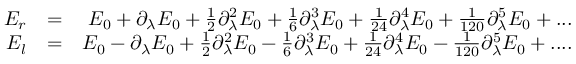
\begin{array} { r l r } { E _ { r } } & { = } & { E _ { 0 } + \partial _ { \lambda } E _ { 0 } + \frac { 1 } { 2 } \partial _ { \lambda } ^ { 2 } E _ { 0 } + \frac { 1 } { 6 } \partial _ { \lambda } ^ { 3 } E _ { 0 } + \frac { 1 } { 2 4 } \partial _ { \lambda } ^ { 4 } E _ { 0 } + \frac { 1 } { 1 2 0 } \partial _ { \lambda } ^ { 5 } E _ { 0 } + . . . } \\ { E _ { l } } & { = } & { E _ { 0 } - \partial _ { \lambda } E _ { 0 } + \frac { 1 } { 2 } \partial _ { \lambda } ^ { 2 } E _ { 0 } - \frac { 1 } { 6 } \partial _ { \lambda } ^ { 3 } E _ { 0 } + \frac { 1 } { 2 4 } \partial _ { \lambda } ^ { 4 } E _ { 0 } - \frac { 1 } { 1 2 0 } \partial _ { \lambda } ^ { 5 } E _ { 0 } + . . . . } \end{array}